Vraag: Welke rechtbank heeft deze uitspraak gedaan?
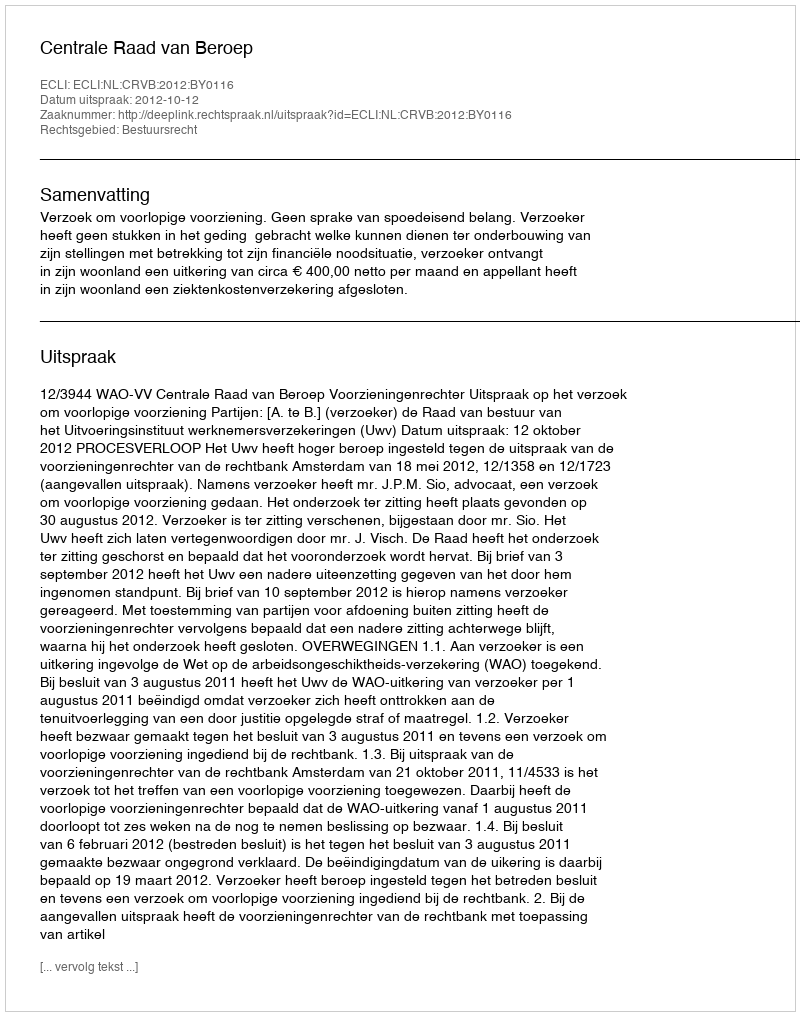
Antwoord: Centrale Raad van Beroep